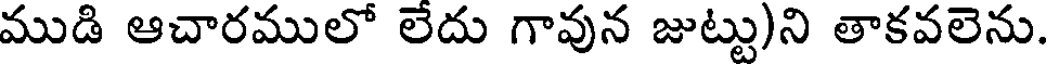
ముడి ఆచారములో లేదు గావున జుట్టు)ని తాకవలెను.